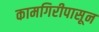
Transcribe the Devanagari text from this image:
कामगिरीपासून